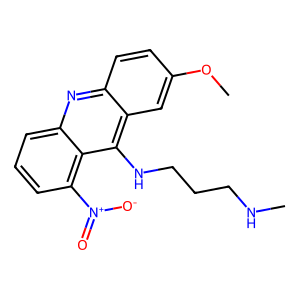
SMILES: CNCCCNc1c2cc(OC)ccc2nc2cccc([N+](=O)[O-])c12
Inhibits HIV replication: No